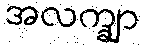
အလက္ချာ